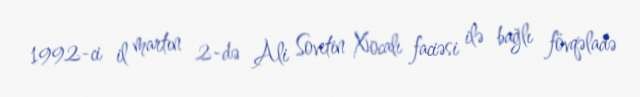
1992-ci il martın 2-də Ali Sovetin Xocalı faciəsi ilə bağlı fövqəladə